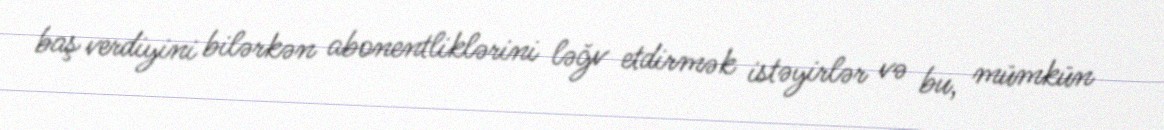
baş verdiyini bilərkən abonentliklərini ləğv etdirmək istəyirlər və bu, mümkün